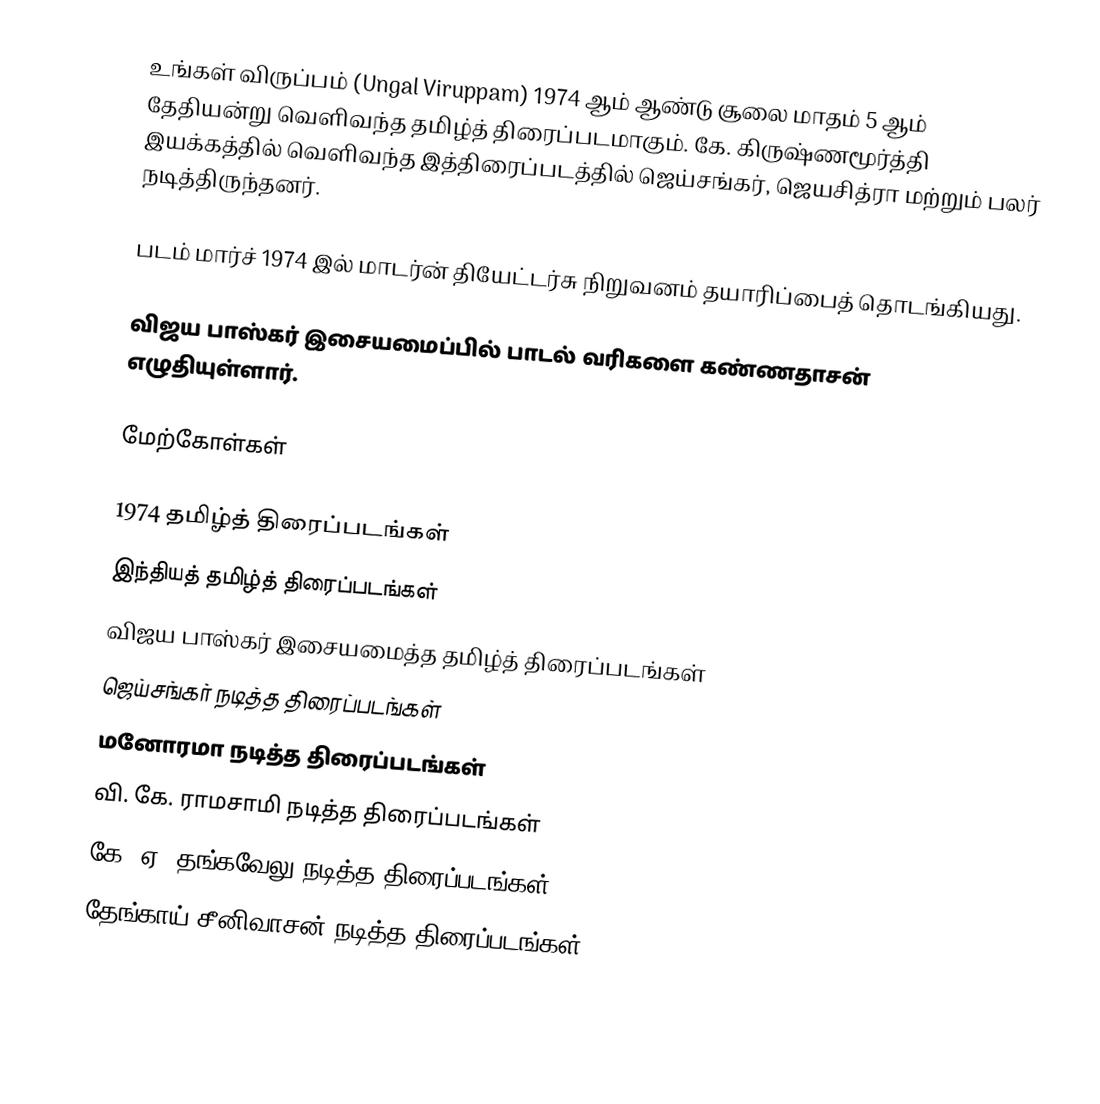
உங்கள் விருப்பம் (Ungal Viruppam) 1974 ஆம் ஆண்டு சூலை மாதம் 5 ஆம் தேதியன்று வெளிவந்த தமிழ்த் திரைப்படமாகும்.  கே. கிருஷ்ணமூர்த்தி இயக்கத்தில் வெளிவந்த இத்திரைப்படத்தில் ஜெய்சங்கர், ஜெயசித்ரா மற்றும் பலர் நடித்திருந்தனர்.

படம் மார்ச் 1974 இல் மாடர்ன் தியேட்டர்சு நிறுவனம் தயாரிப்பைத் தொடங்கியது.

விஜய பாஸ்கர் இசையமைப்பில் பாடல் வரிகளை கண்ணதாசன் எழுதியுள்ளார்.

மேற்கோள்கள்

1974 தமிழ்த் திரைப்படங்கள்
இந்தியத் தமிழ்த் திரைப்படங்கள்
விஜய பாஸ்கர் இசையமைத்த தமிழ்த் திரைப்படங்கள்
ஜெய்சங்கர் நடித்த திரைப்படங்கள்
மனோரமா நடித்த திரைப்படங்கள்
வி. கே. ராமசாமி நடித்த திரைப்படங்கள்
கே. ஏ. தங்கவேலு நடித்த திரைப்படங்கள்
தேங்காய் சீனிவாசன் நடித்த திரைப்படங்கள்